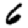
Digit: 6